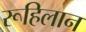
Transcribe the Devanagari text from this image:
रूहिलान